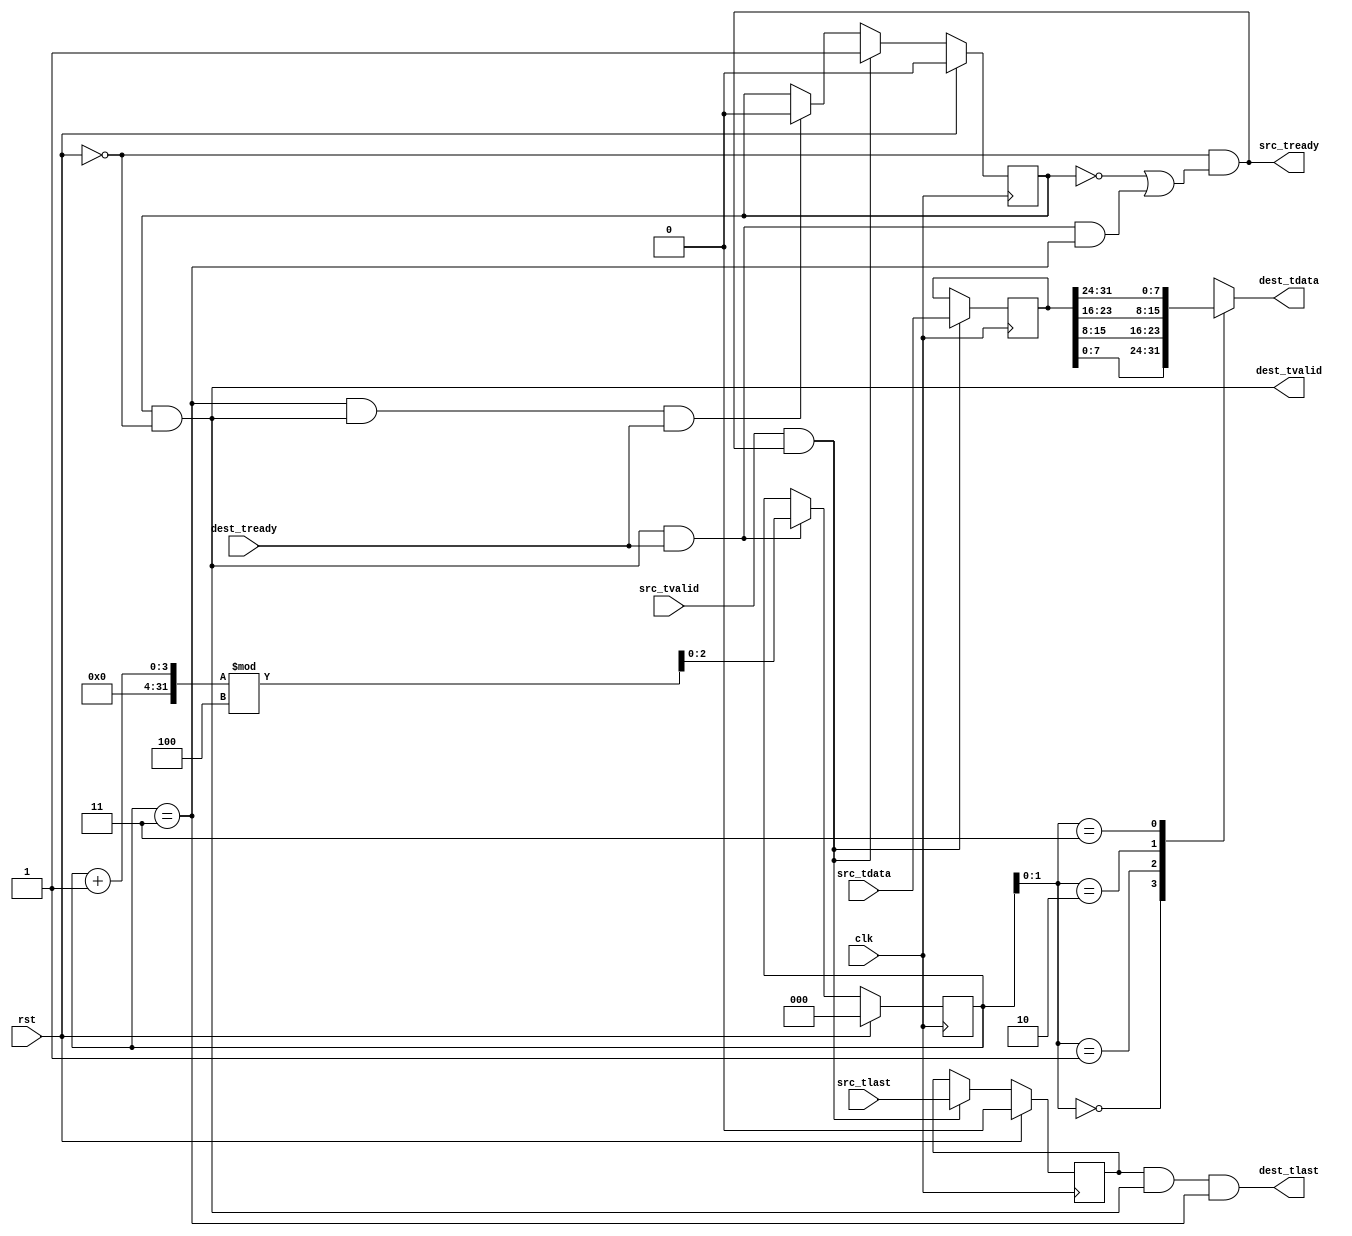
// This program was cloned from: https://github.com/TripRichert/hdl_rosetta_stone
// License: MIT License

/**
 * @file axistream_unpack
 * @author Trip Richert
 **/

// license at bottom of file

/**
 * @interface axistream_unpack
 * @brief splits up source data into NUM_PACK words, sent out dest one at a time
 **/
module axistream_unpack
  (
   clk,
   rst,

   src_tvalid,
   src_tready,
   src_tdata,
   src_tlast,

   dest_tvalid,
   dest_tready,
   dest_tdata,
   dest_tlast
   );

   parameter DATA_WIDTH = 8;
   parameter NUM_PACK = 4;
   parameter BIG_ENDIAN = 1'b0; //! if true, src's least signicant word is first

   input clk;
   input rst;

   input                              src_tvalid;
   output                             src_tready;
   input [(DATA_WIDTH*NUM_PACK)-1:0]  src_tdata;
   input 		              src_tlast;

   output 		              dest_tvalid;
   input 		              dest_tready;
   output [DATA_WIDTH-1:0]            dest_tdata;
   output 			      dest_tlast;

   reg [(NUM_PACK*DATA_WIDTH)-1:0]    data_buf;
   wire [DATA_WIDTH-1:0]	      data_arr [NUM_PACK-1:0];
   
   reg                                tlast_buf;
   reg 				      is_nempty;
   
   reg [$clog2(NUM_PACK+1)-1:0]       cnt;
   reg [$clog2(NUM_PACK+1)-1:0]       inv_cnt;

   assign dest_tvalid = is_nempty && !rst;
   assign src_tready = !rst && 
		       (!is_nempty || 
			(dest_tvalid && dest_tready && cnt == NUM_PACK - 1)
		       );
   
   assign dest_tlast = tlast_buf && dest_tvalid && cnt == NUM_PACK - 1; 
   
   genvar 			      i;
   generate
      for (i = 0; i < NUM_PACK; i = i + 1) begin
	 assign data_arr[i] = data_buf[(i+1)*DATA_WIDTH-1:i*DATA_WIDTH];
      end
   endgenerate

   assign dest_tdata = (BIG_ENDIAN) ? data_arr[inv_cnt] : data_arr[cnt];
   
   initial begin
      cnt = 0;
      inv_cnt = NUM_PACK - 1;
      is_nempty = 1'b0;
   end

   always @(posedge clk) begin
      //rst at end of block, overrides cnt, inv_cnt, and is_nempty

      if (src_tvalid && src_tready) begin
	 data_buf <= src_tdata;
	 tlast_buf <= src_tlast;
	 is_nempty <= 1'b1;
      end else begin
	 data_buf <= data_buf;
	 tlast_buf <= tlast_buf;
	 if ((cnt == NUM_PACK - 1) && dest_tvalid && dest_tready) begin
	    is_nempty <= 1'b0;
	 end else begin
	    is_nempty <= is_nempty;
	 end
      end
      
      if (dest_tvalid && dest_tready) begin
	 cnt <= (cnt + 1) % NUM_PACK;
	 inv_cnt <= (inv_cnt == 0) ? NUM_PACK - 1 : inv_cnt - 1;
      end else begin 
	 cnt <= cnt;
	 inv_cnt <= inv_cnt;
      end
      
      if (rst) begin
	 cnt <= 0;
	 inv_cnt <= NUM_PACK - 1;
	 is_nempty <= 1'b0;
	 tlast_buf <= 1'b0;
      end
      
   end
   
endmodule

// Copyright 2021 Trip Richert

// Permission is hereby granted, free of charge, to any person obtaining a copy
// of this software and associated documentation files (the "Software"), 
// to deal in the Software without restriction, including without limitation 
// the rights to use, copy, modify, merge, publish, distribute, sublicense, 
// and/or sell copies of the Software, and to permit persons to whom the 
// Software is furnished to do so, subject to the following conditions:

// The above copyright notice and this permission notice shall be included in 
// all copies or substantial portions of the Software.

// THE SOFTWARE IS PROVIDED "AS IS", WITHOUT WARRANTY OF ANY KIND, EXPRESS OR 
// IMPLIED, INCLUDING BUT NOT LIMITED TO THE WARRANTIES OF MERCHANTABILITY, 
// FITNESS FOR A PARTICULAR PURPOSE AND NONINFRINGEMENT. IN NO EVENT SHALL THE 
// AUTHORS OR COPYRIGHT HOLDERS BE LIABLE FOR ANY CLAIM, DAMAGES OR OTHER 
// LIABILITY, WHETHER IN AN ACTION OF CONTRACT, TORT OR OTHERWISE, ARISING FROM,
// OUT OF OR IN CONNECTION WITH THE SOFTWARE OR THE USE OR OTHER DEALINGS IN 
// THE SOFTWARE.